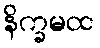
နိက္ခမထ